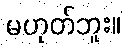
မဟုတ်ဘူး။